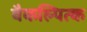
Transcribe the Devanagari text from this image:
वैकल्पित्क